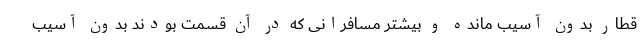
قطار بدون آسیب مانده و بیشتر مسافرانی که در آن قسمت بودند بدون آسیب